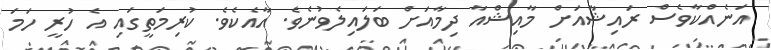
އަނެއްކާވެސް ރައިޝާއަށް މާއިޝްއާ ދިމާއަށް ބަލައިލެވުނެވެ. އާއެކެވެ. ކުރިމަތީގައި އެ ހުރީ ހަމަ